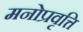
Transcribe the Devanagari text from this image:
मनोप्रवृत्ति